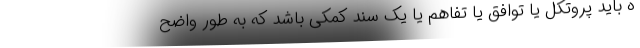
ه باید پروتکل یا توافق یا تفاهم یا یک سند کمکی باشد که به طور واضح